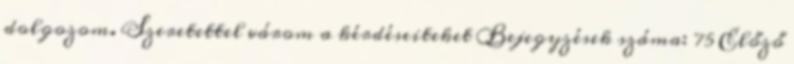
dolgozom. Szeretettel várom a kérdéseiteket Bejegyzések száma: 75 Előző